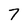
Character: 7